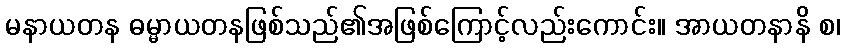
မနာယတန ဓမ္မာယတနဖြစ်သည်၏အဖြစ်ကြောင့်လည်းကောင်း။ အာယတနာနိ စ၊